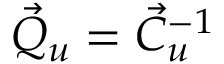
\vec { Q } _ { u } = \vec { C } _ { u } ^ { - 1 }